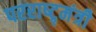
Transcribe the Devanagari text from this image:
परराष्ट्र्मंत्री